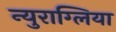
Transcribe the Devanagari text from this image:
न्युराग्लिया